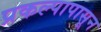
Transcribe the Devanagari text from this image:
प्रकल्पापासून